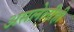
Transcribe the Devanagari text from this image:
असलेलीही